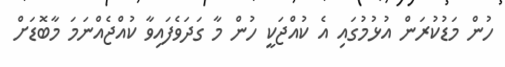
ހުން މަޑުކުރަން އުޅުމުގައި އެ ކުއްޖަކީ ހުން މާ ގަދަވެފައިވާ ކުއްޖެއްނަމަ މާބޮޑަށް